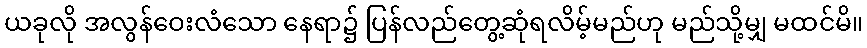
ယခုလို အလွန်ဝေးလံသော နေရာ၌ ပြန်လည်တွေ့ဆုံရလိမ့်မည်ဟု မည်သို့မျှ မထင်မိ။